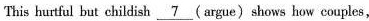
This hurtful buti childish\underline{7} ( argue) shows how couples